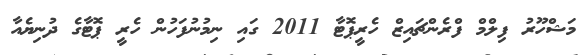
މަޝްހޫރު ފިލްމް ފްރެންޗައިޒް ހެރީޕޮޓާ 2011 ގައި ނިމުނުފަހުން ހެރީ ޕޮޓާގެ ދުނިޔެއާ